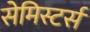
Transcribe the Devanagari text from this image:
सेमिस्टर्स